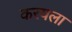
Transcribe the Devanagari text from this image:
करयला